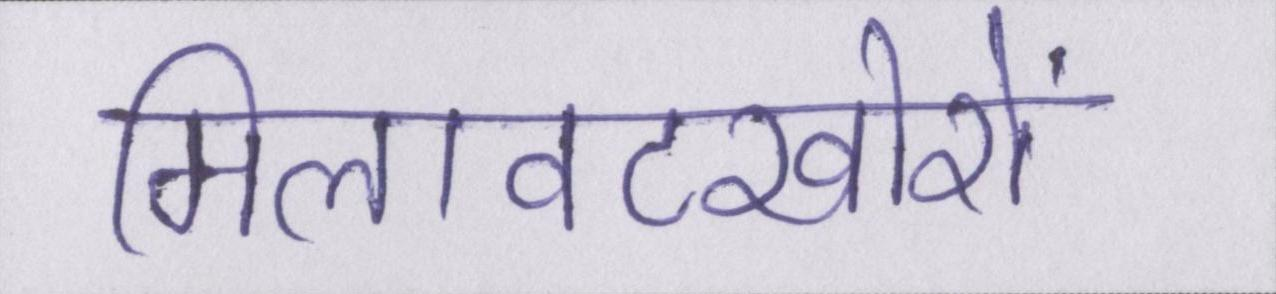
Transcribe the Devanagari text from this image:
मिलावटखोरों